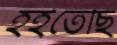
হইতেছি